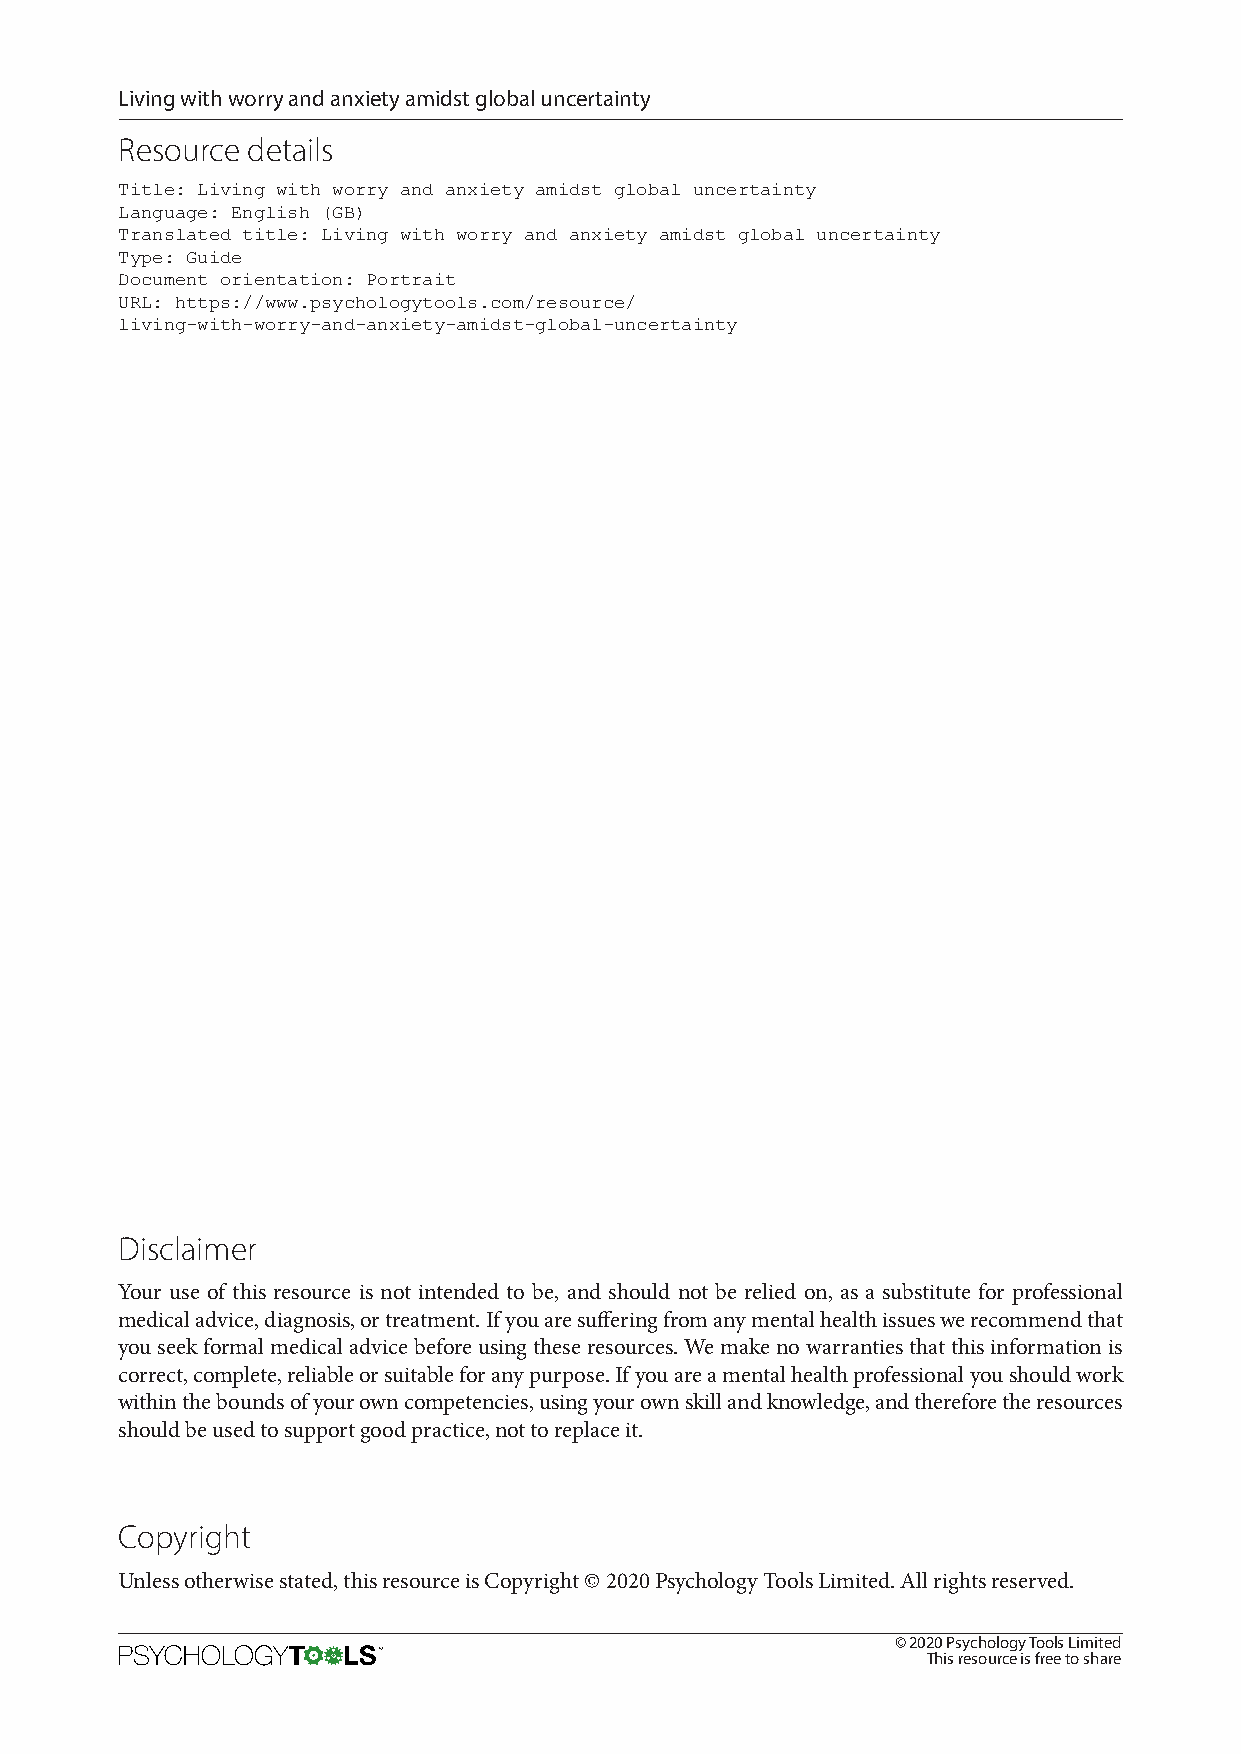
Living with worry and anxiety amidst global uncertainty
 Resource details
 Title: Living with worry and anxiety amidst global uncertainty
 Language: English (GB)
 Translated title: Living with worry and anxiety amidst global uncertainty
 Type: Guide
 Document orientation: Portrait
 URL: https://www.psychologytools.com/resource/
 living-with-worry-and-anxiety-amidst-global-uncertainty
 Disclaimer
 Your use of this resource is not intended to be, and should not be relied on, as a substitute for professional
 medical advice, diagnosis, or treatment. If you are suffering from any mental health issues we recommend that
 you seek formal medical advice before using these resources. We make no warranties that this information is
 correct, complete, reliable or suitable for any purpose. If you are a mental health professional you should work
 within the bounds of your own competencies, using your own skill and knowledge, and therefore the resources
 should be used to support good practice, not to replace it.
 Copyright
 Unless otherwise stated, this resource is Copyright © 2020 Psychology Tools Limited. All rights reserved.
 © 2020 Psychology Tools Limited
 This resource is free to share